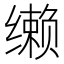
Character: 𰬼